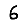
Digit: 6